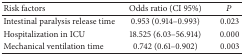
<table><thead><tr><td><b>Risk factors</b></td><td><b>Odds ratio (CI 95%)</b></td><td><b><i>P</i></b></td></tr></thead><tbody><tr><td>Intestinal paralysis release time</td><td>0.953 (0.914–0.993)</td><td>0.023</td></tr><tr><td>Hospitalization in ICU</td><td>18.525 (6.03–56.914)</td><td>0.000</td></tr><tr><td>Mechanical ventilation time</td><td>0.742 (0.61–0.902)</td><td>0.003</td></tr></tbody></table>